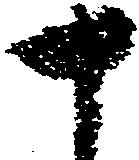
十